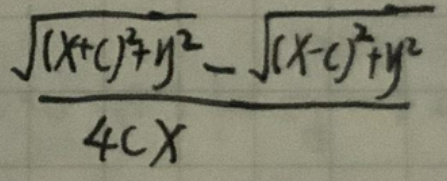
\[
\frac{\sqrt{(x + c)^2 + y^2}-\sqrt{(x - c)^2 + y^2}}{4cx}
\]